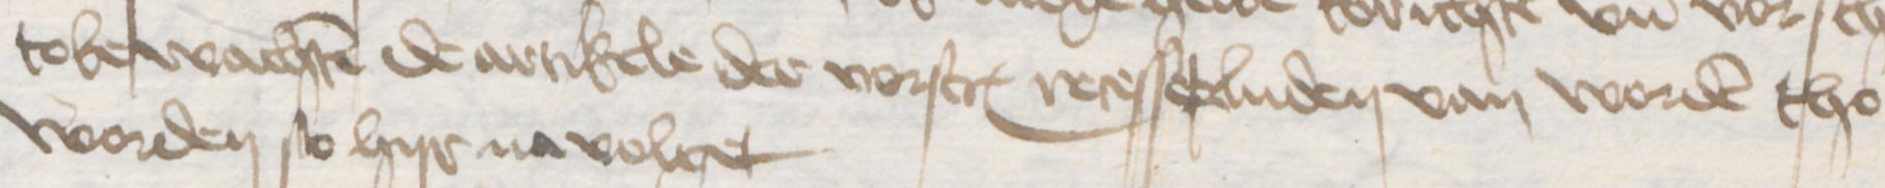
tobewachten de artikele der vorscreuen recesserluden van worden tho